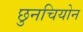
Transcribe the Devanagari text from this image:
छुनचियोन